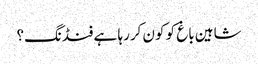
شاہین باغ کو کون کررہا ہے فنڈنگ؟